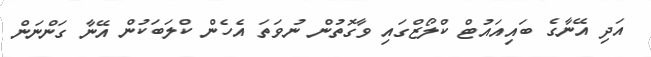
އަދި އޭނާގެ ބައިއައުޓް ކްލޯޒްގައި ވާގޮތުން ނުވަތަ އެހެން ކްލަބަކުން އޭނާ ގަންނަން